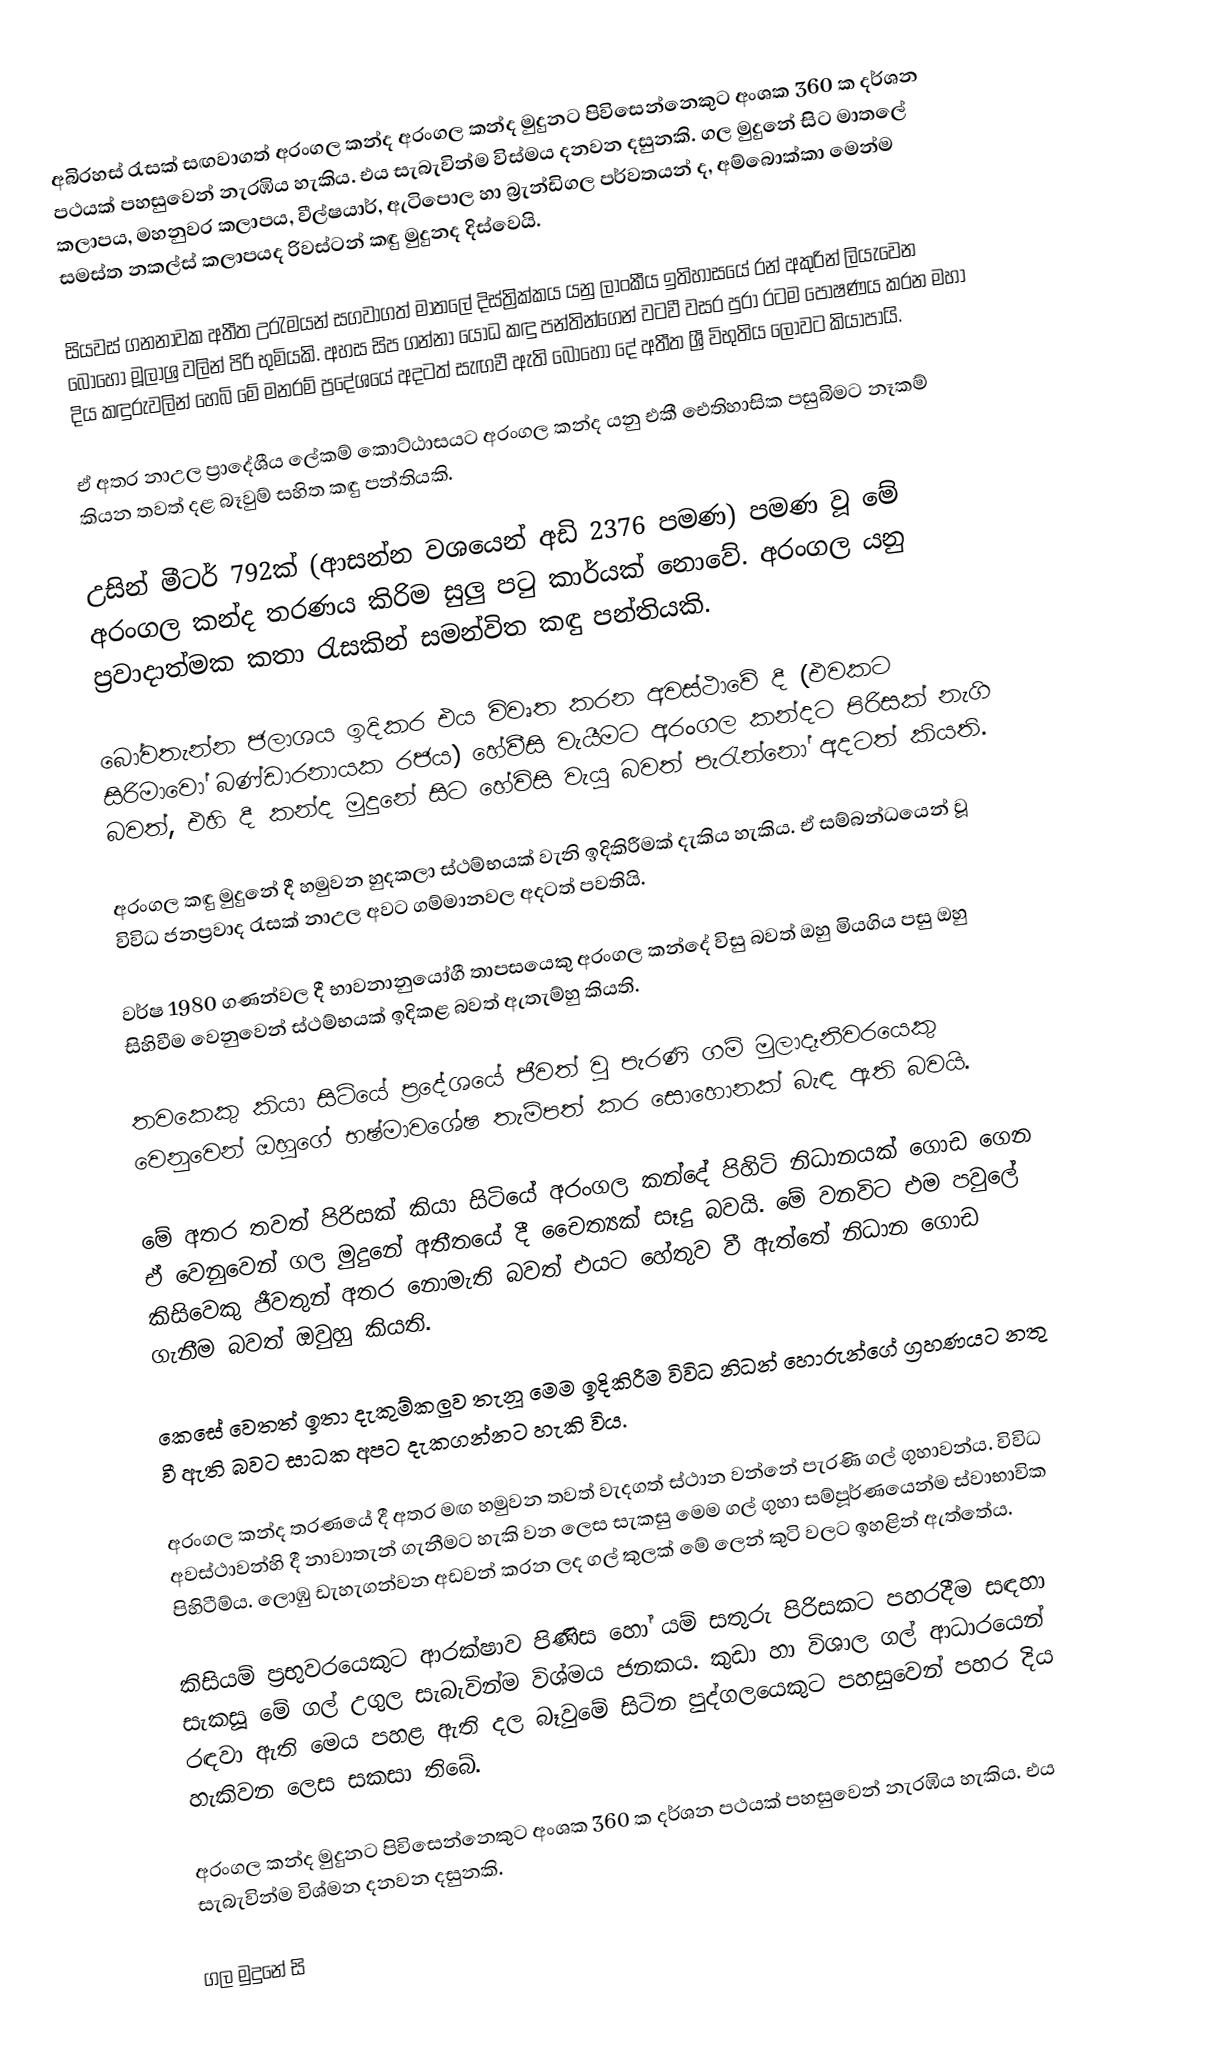
අබිරහස් රැසක් සඟවාගත් අරංගල කන්ද  අරංගල කන්ද මුදුනට පිවිසෙන්නෙකුට අංශක 360 ක දර්ශන පථයක් පහසුවෙන් නැරඹිය හැකිය. එය සැබැවින්ම විස්මය දනවන දසුනකි. ගල මුදුනේ සිට මාතලේ කලාපය, මහනුවර කලාපය, වීල්ෂයාර්, ඇටිපොල හා බ්‍රැන්ඩිගල පර්වතයන් ද, අම්බොක්කා මෙන්ම සමස්ත නකල්ස් කලාපයද රිවස්ටන් කඳු මුදුනද දිස්වෙයි.

සියවස් ගනනාවක අතීත උරැමයන් සගවාගත් මාතලේ දිස්ත්‍රික්කය යනු ලාංකීය ඉතිහාසයේ රන් අකුරින් ලියැවෙන බොහෝ මූලාශ්‍ර වලින් පිරි භුමියකි. අහස සිප ගන්නා යෝධ කඳු පන්තින්ගෙන් වටවී වසර පුරා රටම පෝෂණය කරන මහා දිය කඳුරුවලින් හෙබි මේ මනරම් ප්‍රදේශයේ අදටත් සැඟවී ඇති බෝහෝ දේ අතීත ශ්‍රී විභුතිය ලොවට කියාපායි.

ඒ අතර නාඋල ප්‍රාදේශීය ලේකම් කොට්ඨාසයට අරංගල කන්ද යනු එකී ඓතිහාසික පසුබිමට නෑකම් කියන තවත් දළ බෑවුම් සහිත කඳු පන්තියකි.

උසින් මීටර් 792ක් (ආසන්න වශයෙන් අඩි 2376 පමණ) පමණ වූ මේ අරංගල කන්ද තරණය කිරිම සුලු පටු කාර්යක් නොවේ. අරංගල යනු ප්‍රවාදාත්මක කතා රැසකින් සමන්විත කඳු පන්තියකි.

බෝවතැන්න ජලාශය ඉදිකර එය විවෘත කරන අවස්ථාවේ දී (එවකට සිරිමාවෝ බණ්ඩාරනායක රජය) හේවීසි වැයීමට අරංගල කන්දට පිරිසක් නැගි බවත්, එහි දී කන්ද මුදුනේ සිට හේවිසි වැයූ බවත් පැරැන්නෝ අදටත් කියති.

අරංගල කඳු මුදුනේ දී හමුවන හුදකලා ස්ථම්භයක් වැනි ඉදිකිරීමක් දැකිය හැකිය. ඒ සම්බන්ධයෙන් වූ විවිධ ජනප්‍රවාද රැසක් නාඋල අවට ගම්මානවල අදටත් පවතියි.

වර්ෂ 1980 ගණන්වල දී භාවනානුයෝගී තාපසයෙකු අරංගල කන්දේ විසු බවත් ඔහු මියගිය පසු ඔහු සිහිවීම වෙනුවෙන් ස්ථම්භයක් ඉදිකළ බවත් ඇතැම්හු කියති.

තවකෙකු කියා සිටියේ ප්‍රදේශයේ ජීවත් වු පැරණි ගම් මුලාදෑනිවරයෙකු වෙනුවෙන් ඔහුගේ භෂ්මාවශේෂ තැම්පත් කර සොහොනක් බැඳ ඇති බවයි.

මේ අතර තවත් පිරිසක් කියා සිටියේ අරංගල කන්දේ පිහිටි නිධානයක් ගොඩ ගෙන ඒ වෙනුවෙන් ගල මුදුනේ අතීතයේ දී චෛත්‍යක් සෑදු බවයි. මේ වනවිට එම පවුලේ කිසිවෙකු ජීවතුන් අතර නොමැති බවත් එයට හේතුව වී ඇත්තේ නිධාන ගොඩ ගැනීම බවත් ඔවුහු කියති.

කෙසේ වෙතත් ඉතා දැකුම්කලුව තැනූ මෙම ඉදිකිරීම විවිධ නිධන් හොරුන්ගේ ග්‍රහණයට නතු වී ඇති බවට සාධක අපට දැකගන්නට හැකි විය.

අරංගල කන්ද තරණයේ දී අතර මඟ හමුවන තවත් වැදගත් ස්ථාන වන්නේ පැරණි ගල් ගුහාවන්ය. විවිධ අවස්ථාවන්හි දී නාවාතැන් ගැනීමට හැකි වන ලෙස සැකසු මෙම ගල් ගුහා සම්පූර්ණයෙන්ම ස්වාභාවික පිහිටීම්ය. ලොඹු ඩැහැගන්වන අඩවන් කරන ලද ගල් කුලක් මේ ලෙන් කුටි වලට ඉහළින් ඇත්තේය.

කිසියම් ප්‍රභුවරයෙකුට ආරක්ෂාව පිණිස හෝ යම් සතුරු පිරිසකට පහරදීම සඳහා සැකසූ මේ ගල් උගුල සැබැවින්ම විශ්මය ජනකය. කුඩා හා විශාල ගල් ආධාරයෙන් රඳවා ඇති මෙය පහළ ඇති දල බෑවුමේ සිටින පුද්ගලයෙකුට පහසුවෙන් පහර දිය හැකිවන ලෙස සකසා තිබේ.

අරංගල කන්ද මුදුනට පිවිසෙන්නෙකුට අංශක 360 ක දර්ශන පථයක් පහසුවෙන් නැරඹිය හැකිය. එය සැබැවින්ම විශ්මන දනවන දසුනකි.

ගල මුදුනේ සි